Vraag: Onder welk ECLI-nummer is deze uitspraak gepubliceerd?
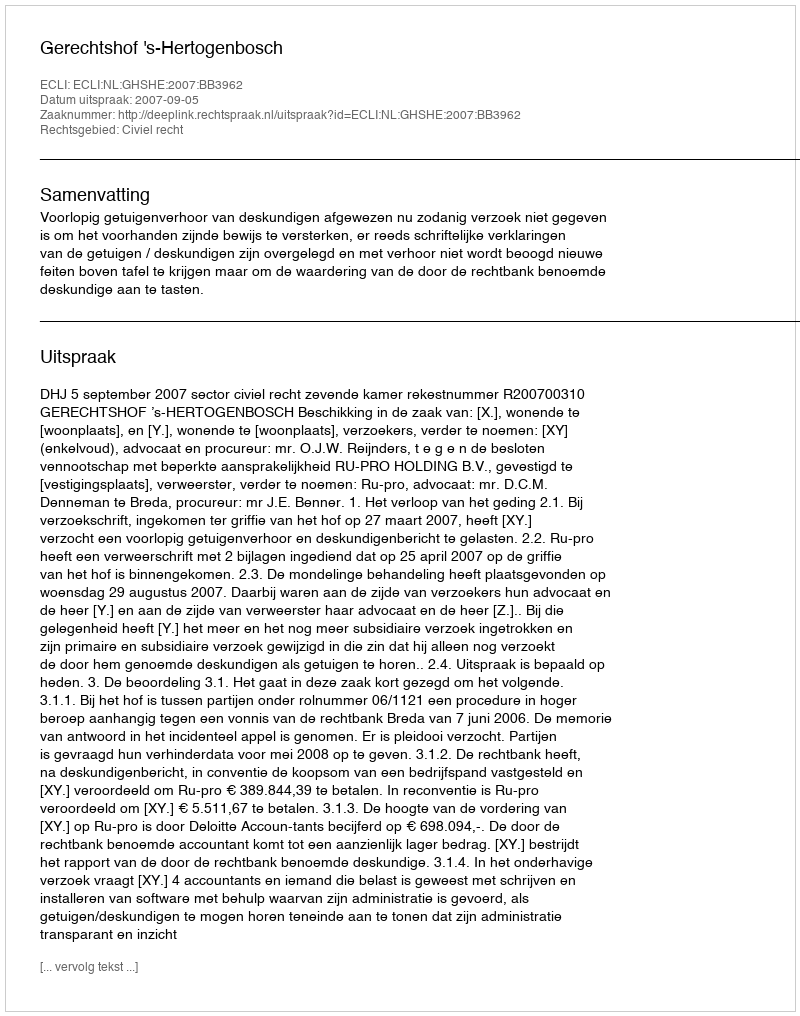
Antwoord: ECLI:NL:GHSHE:2007:BB3962